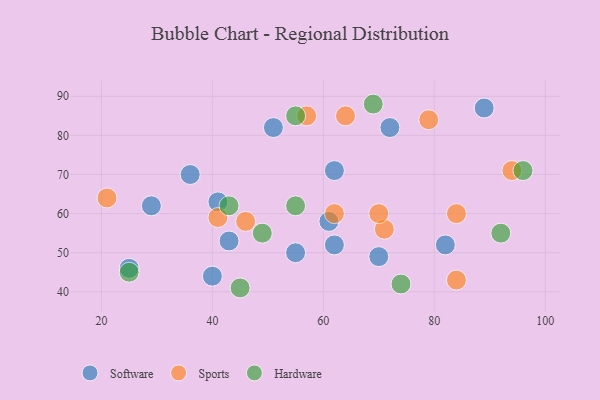
{"axis": {"x": "GDP", "y": "Life Expectancy"}, "legend": ["Hardware", "Software", "Sports"], "data": [{"x": "70", "y": 49, "type": "Software"}, {"x": "25", "y": 46, "type": "Software"}, {"x": "41", "y": 63, "type": "Software"}, {"x": "62", "y": 52, "type": "Software"}, {"x": "29", "y": 62, "type": "Software"}, {"x": "62", "y": 71, "type": "Software"}, {"x": "40", "y": 44, "type": "Software"}, {"x": "72", "y": 82, "type": "Software"}, {"x": "89", "y": 87, "type": "Software"}, {"x": "36", "y": 70, "type": "Software"}, {"x": "55", "y": 50, "type": "Software"}, {"x": "61", "y": 58, "type": "Software"}, {"x": "82", "y": 52, "type": "Software"}, {"x": "51", "y": 82, "type": "Software"}, {"x": "43", "y": 53, "type": "Software"}, {"x": "71", "y": 56, "type": "Sports"}, {"x": "46", "y": 58, "type": "Sports"}, {"x": "64", "y": 85, "type": "Sports"}, {"x": "84", "y": 43, "type": "Sports"}, {"x": "79", "y": 84, "type": "Sports"}, {"x": "57", "y": 85, "type": "Sports"}, {"x": "62", "y": 60, "type": "Sports"}, {"x": "41", "y": 59, "type": "Sports"}, {"x": "70", "y": 60, "type": "Sports"}, {"x": "84", "y": 60, "type": "Sports"}, {"x": "94", "y": 71, "type": "Sports"}, {"x": "21", "y": 64, "type": "Sports"}, {"x": "49", "y": 55, "type": "Hardware"}, {"x": "74", "y": 42, "type": "Hardware"}, {"x": "45", "y": 41, "type": "Hardware"}, {"x": "55", "y": 62, "type": "Hardware"}, {"x": "92", "y": 55, "type": "Hardware"}, {"x": "55", "y": 85, "type": "Hardware"}, {"x": "43", "y": 62, "type": "Hardware"}, {"x": "25", "y": 45, "type": "Hardware"}, {"x": "96", "y": 71, "type": "Hardware"}, {"x": "69", "y": 88, "type": "Hardware"}]}